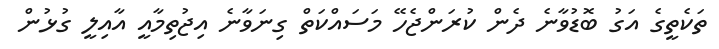
ތަކެތީގެ އަގު ބޮޑުވާނެ ދެން ކުރަންޖެހޭ މަސައްކަތް ގިނަވާނެ އިޖުތިމާއީ އާއިލީ ގުޅުން